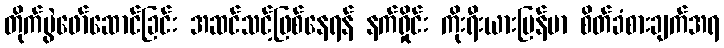
တိုက်ပွဲဖော်ဆောင်ခြင်း အဆင်သင့်ဖြစ်နေရန် နက်ရှိုင်း ကိုးရီးယားမြန်မာ စိတ်ခံစားချက်အရ